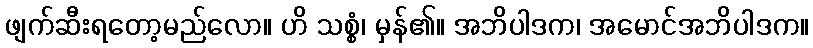
ဖျက်ဆီးရတော့မည်လော။ ဟိ သစ္စံ၊ မှန်၏။ အဘိပါဒက၊ အမောင်အဘိပါဒက။